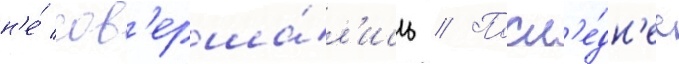
н'е́ сов'ерша́л'ись // Посл'е́дн'ее